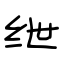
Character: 绁